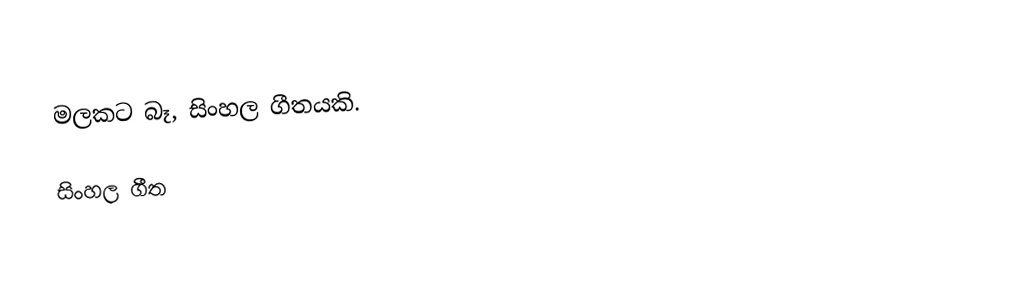
මලකට බෑ, සිංහල ගීතයකි.

සිංහල ගීත